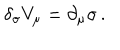
LaTeX: \delta _ { \sigma } V _ { \mu } = \partial _ { \mu } \sigma \, .